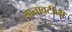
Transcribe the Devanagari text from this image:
नानावटींनी